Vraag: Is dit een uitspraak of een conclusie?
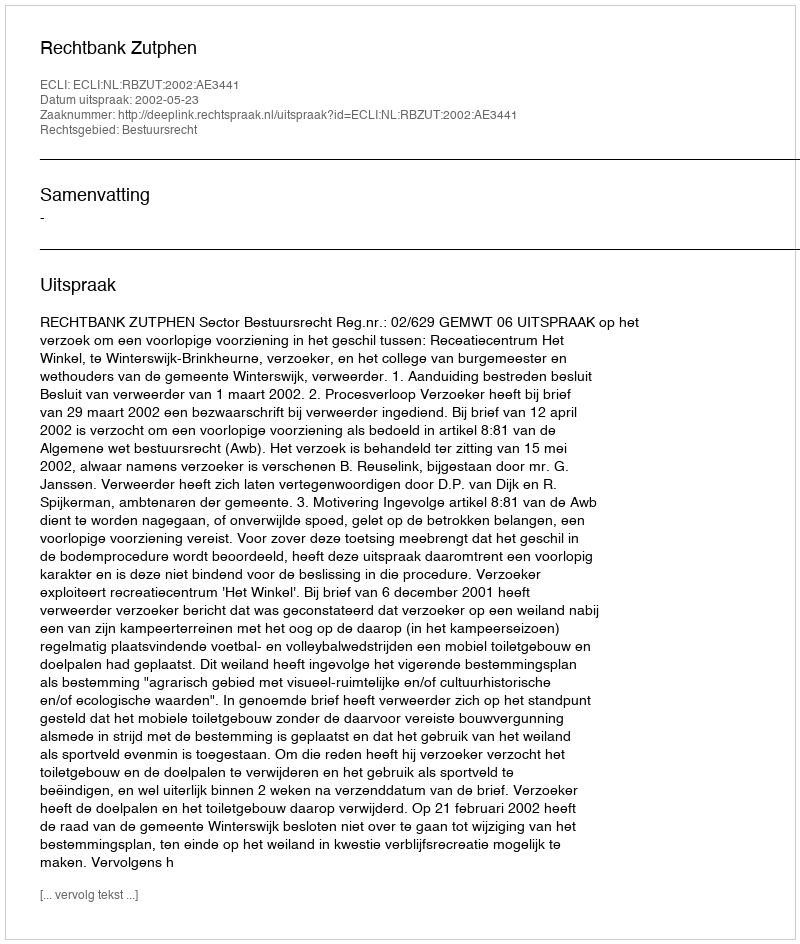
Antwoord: Uitspraak